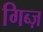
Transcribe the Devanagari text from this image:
गिब्ज़